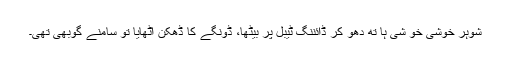
شوہر خوشی خو شی ہا تھ دھو کر ڈائننگ ٹیبل پر بیٹھا، ڈونگے کا ڈھکن اٹھایا تو سامنے گوبھی تھی۔